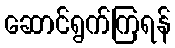
ဆောင်ရွက်ကြရန်